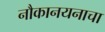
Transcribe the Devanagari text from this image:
नौकानयनाचा